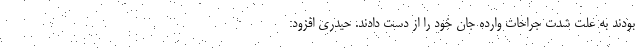
بودند به علت شدت جراحات وارده جان خود را از دست دادند. حیدری افزود: